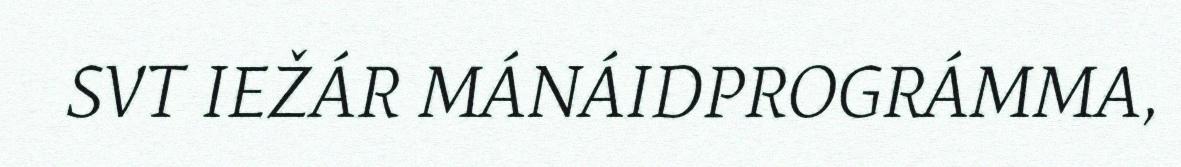
SVT IEŽÁR MÁNÁIDPROGRÁMMA,